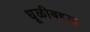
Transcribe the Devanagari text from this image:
धूळीबद्दल